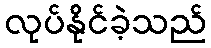
လုပ်နိုင်ခဲ့သည်